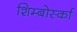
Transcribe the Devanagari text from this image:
शिम्बोर्स्का